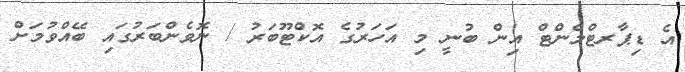
އެ ޑިޕާރޓްމެންޓް އިން ބުނީ މި އަހަރުގެ އޮކްޓޫބަރު / ނޮވެންބަރުގައި ބޭއްވުމަށް